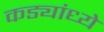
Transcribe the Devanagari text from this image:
कड्यांध्ये